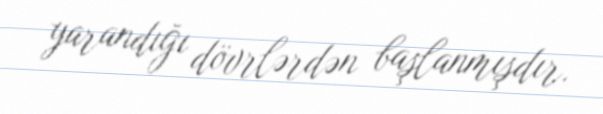
yarandığı dövrlərdən başlanmışdır.